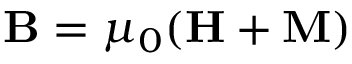
\mathbf { B } = \mu _ { 0 } ( \mathbf { H + M } )